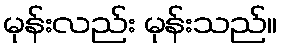
မုန်းလည်း မုန်းသည်။